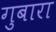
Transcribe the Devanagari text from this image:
गुबारा